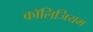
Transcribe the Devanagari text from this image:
कॉलिजियम